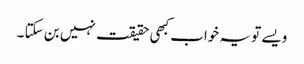
ویسے تو یہ خواب کبھی حقیقت نہیں بن سکتا ۔